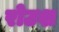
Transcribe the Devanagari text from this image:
रोउश